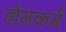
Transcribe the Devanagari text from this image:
होमकर्म